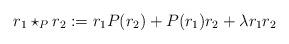
LaTeX: \begin{align*} r_1\star_P r_2:=r_1P(r_2)+P(r_1)r_2+\lambda r_1r_2\end{align*}